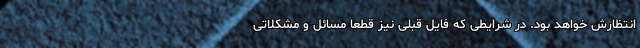
انتظارش خواهد بود. در شرایطی که فایل قبلی نیز قطعا مسائل و مشکلاتی